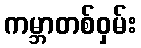
ကမ္ဘာတစ်ဝှမ်း